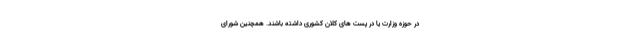
در حوزه وزارت یا در پست های کلان کشوری داشته باشند. همچنین شورای